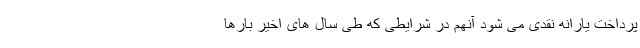
پرداخت یارانه نقدی می شود آنهم در شرایطی که طی سال های اخیر بارها